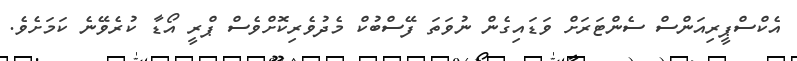
އެކްސްޕީރިއަންސް ސެންޓަރަށް ވަޑައިގެން ނުވަތަ ފޭސްބުކް މެދުވެރިކޮށްވެސް ޕްރީ އޯޑާ ކުރެވޭނެ ކަމަށެވެ.